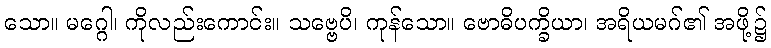
သော။ မဂ္ဂေါ၊ ကိုလည်းကောင်း။ သဗ္ဗေပိ၊ ကုန်သော။ ဗောဓိပက္ခိယာ၊ အရိယမဂ်၏ အဖို့၌